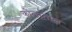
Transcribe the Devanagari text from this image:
कोलाताल